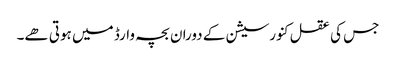
جس کی عقل کنورسیشن کے دوران بچہ وارڈ میں ہوتی ھے۔